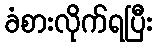
ခံစားလိုက်ရပြီး